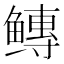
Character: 𱈐